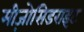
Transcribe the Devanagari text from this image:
मीज़ोसिडराइट